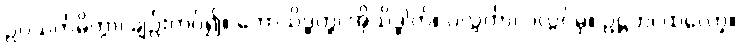
ဥပသင်္ကမိတွာ၊ ချဉ်းကပ်၍။ ဘောသိဒ္ဓတ္ထ၊ အိုသိဒ္ဓါတ်။ ပလ္လင်္ကာ၊ ပလ္လင်မှ။ ဥဋ္ဌဟ၊ ထလော့။